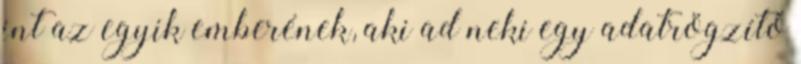
int az egyik emberének, aki ad neki egy adatrögzítő